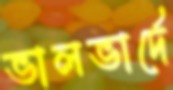
ভালভার্দে